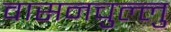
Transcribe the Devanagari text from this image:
वासनचुल्लु